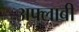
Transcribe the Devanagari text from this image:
अफ्लाबी